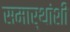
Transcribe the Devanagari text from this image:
समार्थांशी